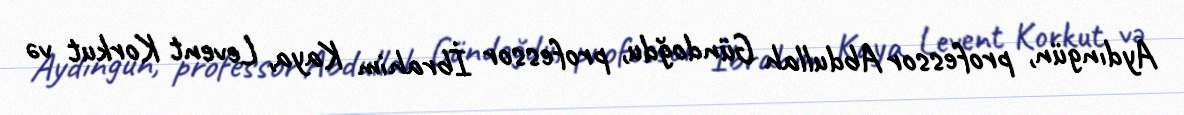
Aydıngün, professor Abdullah Gündoğdu, professor İbrahim Kaya, Levent Korkut və